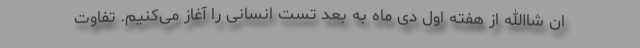
ان شاالله از هفته اول دی ماه به بعد تست انسانی را آغاز می‌کنیم. تفاوت